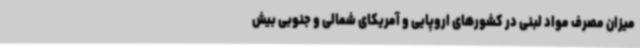
میزان مصرف مواد لبنی در کشورهای اروپایی و آمریکای شمالی و جنوبی بیش